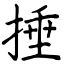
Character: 捶